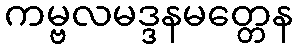
ကမ္ဗလမဒ္ဒနမတ္တေန